Vaccination in Burma 1912-1922 - 1912-1922
Year: 1912
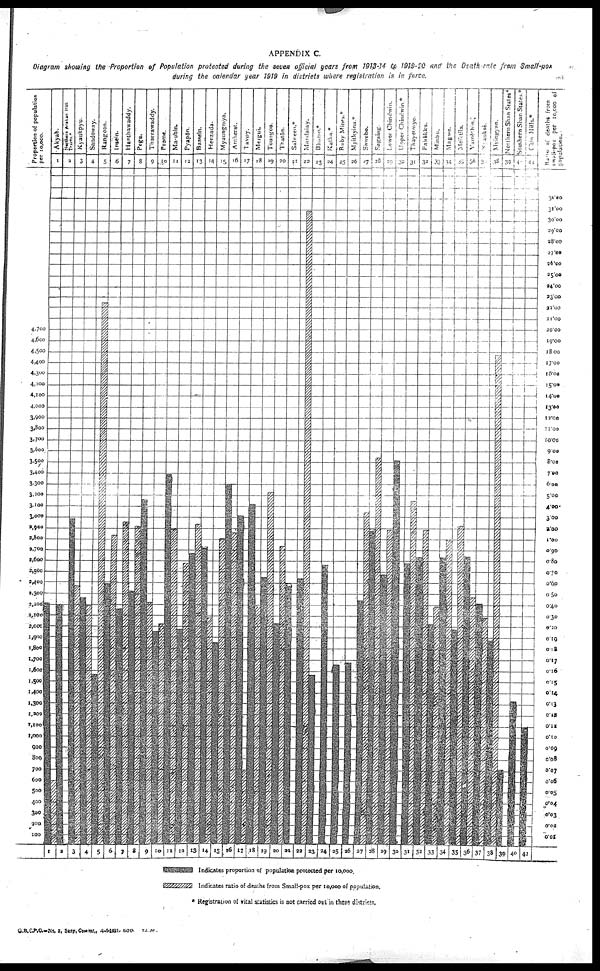
APPENDIX C.
Diagram showing the Proportion of Population protected during the seven official years from 1913-14 to 1919-20 and the Death-rate fram Small-pox
during the calendar year 1919 in districts where registration is in force,
* Registration of vital statistics is not carried owl in these district.
G.B.C.P.O.—No. 3, Sany, Commr 4-4-1911, 500. T.L.M .